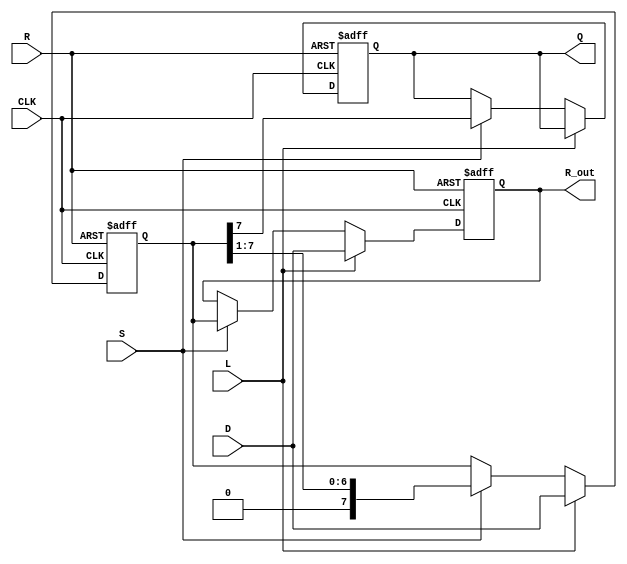
module PISO_Register #(
    parameter WIDTH = 8  // Adjustable register width
)(
    input  wire [WIDTH-1:0] D,  // Data input bus
    input  wire L,               // Load control signal
    input  wire S,               // Shift control signal
    input  wire CLK,             // Clock signal
    input  wire R,               // Asynchronous reset
    output reg  Q,               // Serial output
    output reg [WIDTH-1:0] R_out // Current state of the register
);

    // Internal register to hold the parallel data
    reg [WIDTH-1:0] register;

    always @(posedge CLK or posedge R) begin
        if (R) begin
            // Asynchronous reset, clear the register
            register <= {WIDTH{1'b0}};
            R_out <= {WIDTH{1'b0}};
            Q <= 1'b0;
        end else begin
            // Load data operation
            if (L) begin
                register <= D;
                R_out <= D; // Update full register output with loaded data
            end else if (S) begin
                // Shift operation
                Q <= register[WIDTH-1]; // Output the MSB
                register <= {1'b0, register[WIDTH-1:1]}; // Shift left (change to the register[WIDTH-2:0] if shifting right)
                R_out <= register; // Update full register output
            end
        end
    end

endmodule